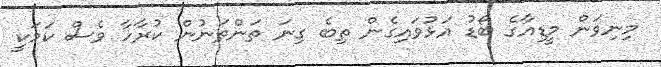
މިނިވަން މީޑިއާގެ ބޯޑު އަޅުވައިގެން ތިބެ ގިނަ ތަންތަނުން ކުރާހާ ވެސް ކަމަކީ